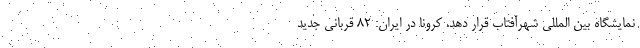
نمایشگاه بین المللی شهرآفتاب قرار دهد. کرونا در ایران: ۸۲ قربانی جدید